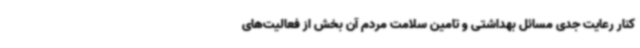
کنار رعایت جدی مسائل بهداشتی و تامین سلامت مردم آن بخش از فعالیت‌های